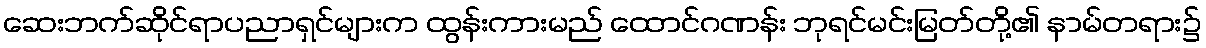
ဆေးဘက်ဆိုင်ရာပညာရှင်များက ထွန်းကားမည် ထောင်ဂဏန်း ဘုရင်မင်းမြတ်တို့၏ နာမ်တရား၌